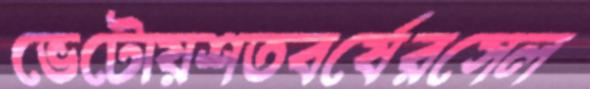
ভেটোয়শতবর্ষেরসেল